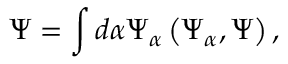
\Psi = \int d \alpha \Psi _ { \alpha } \left( \Psi _ { \alpha } , \Psi \right) ,